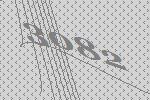
3082